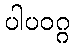
ပါပဝဂ္ဂ